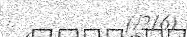
(/216)